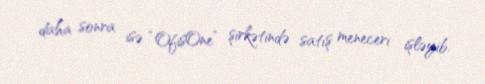
daha sonra isə “OfisOne” şirkətində satış meneceri işləyib.